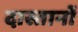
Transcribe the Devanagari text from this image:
दास्तानों